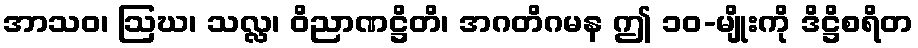
အာသဝ၊ ဩဃ၊ သလ္လ၊ ဝိညာဏဋ္ဌိတိ၊ အဂတိဂမန ဤ ၁၀-မျိုးကို ဒိဋ္ဌိစရိတ